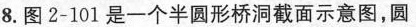
8.图2-101是一个半圆形桥洞截面示意图，圆